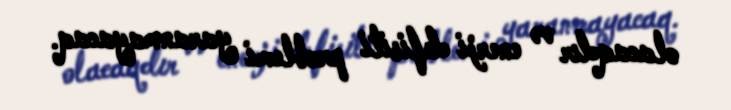
olacaqdır və enerji defisiti problemi yaranmayacaq.